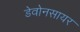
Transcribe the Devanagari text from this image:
डेवोनसायर